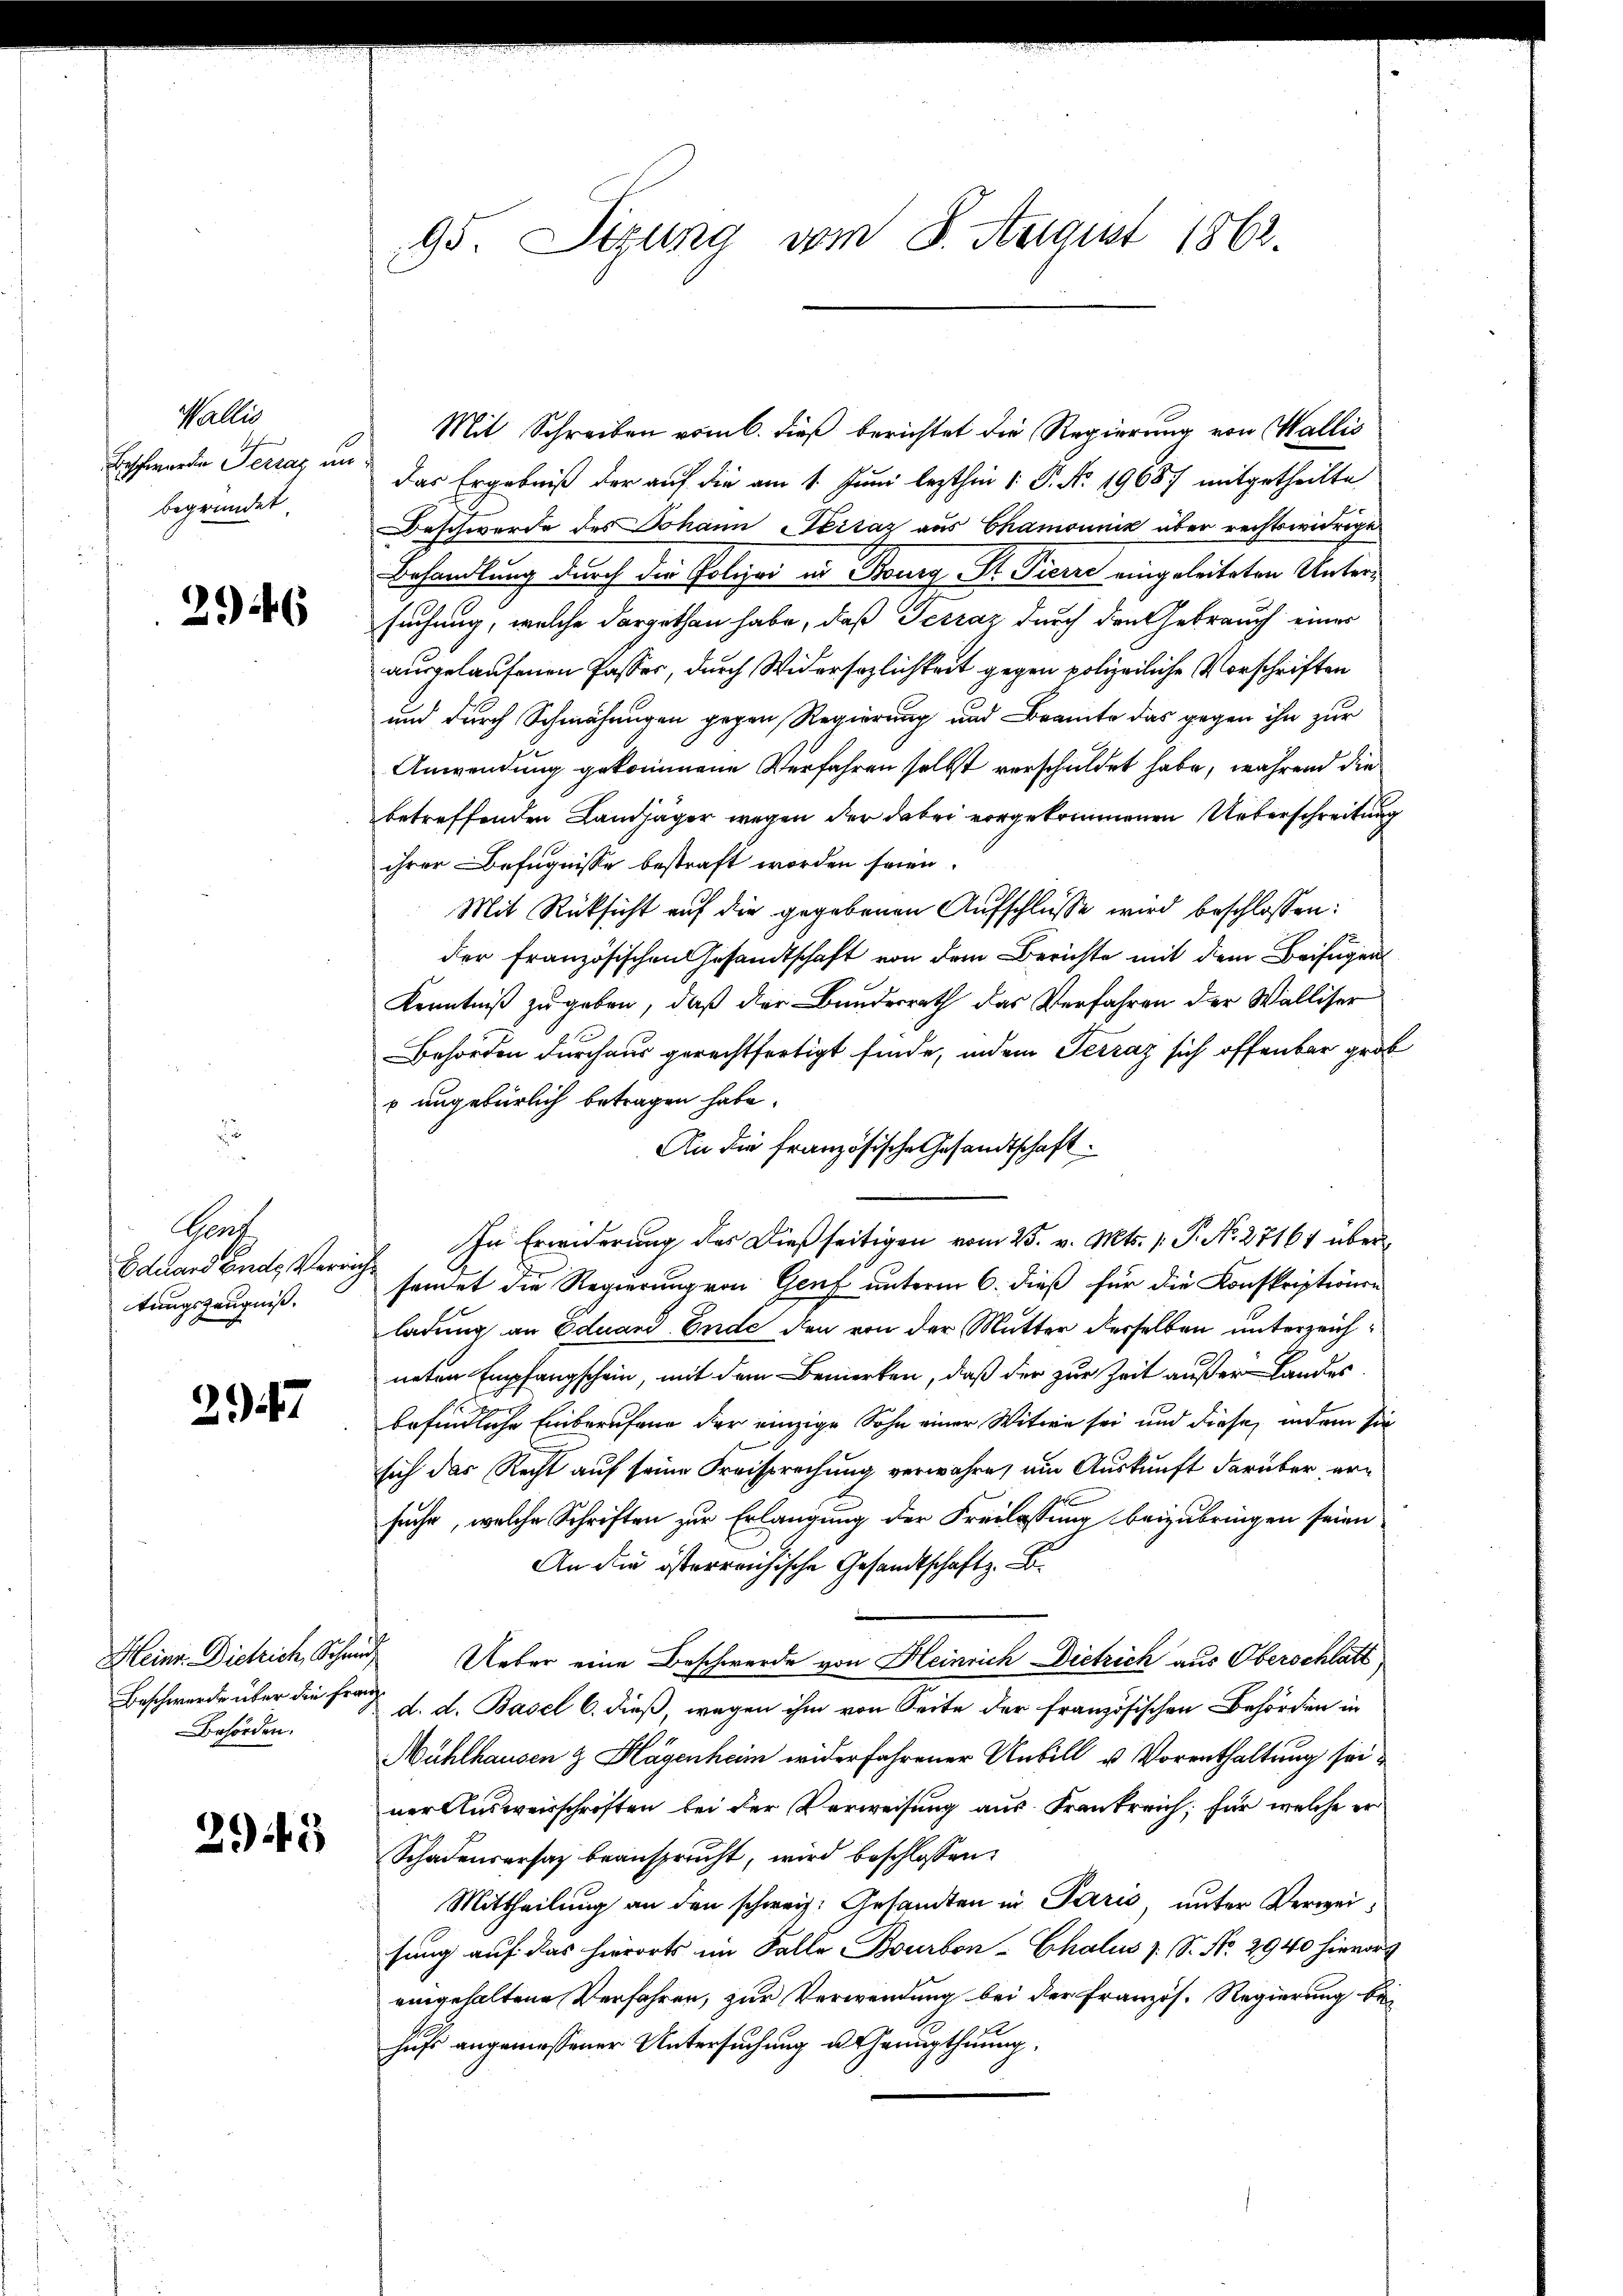
Wallis,
Beschwerden Terraz un
begründet

246

Gent
tungszeugniß.

2947

Beschwerde über die Franz¬
Behörden.

294. 2

Mit Schreiben vom 6. dieß berichtet die Regierung von Wallis
¬
das Ergebniß der auf die am 1. Juni lezthin 1. P. Nr. 1968 mitgetheilte
Beschwerde des Johann Terraz aus Chamonik über rechtswidrige
Behandlung durch die Polizei in Bourg St. Pierre eingeleiteten Untersuchung, welche dargethan habe, daß Jeszaz durch den Gebrauch einer
ausgelaufenen Passer, durch Widersezlichkeit gegen polizeiliche Vorschriften
und durch Schmähungen gegen Regierung und Brante das gegen ihn zur
Anwendung gekommene Verfahren selbst verschuldet habe, während die
betreffenden Landjäger wegen der dabei vorgekommenen Unterschreitung
ihrer Befugnisse bestraft worden seien.
Mit Rücksicht auf die gegebenen Aufschlüsse wird beschlossen:
der französischen Gesandtschaft von dem Berichte mit dem Beifügen
Kenntniß zugeben, daß der Bundesrath das Verfahren der Walliser
Behörden durchaus gerechtfertigt finde, indem Terraz sich offenbar groß
 ungebürlich betragen habe.
An die französische Gesandtschaft.
Eduard Ende Verrich. In Erwiderung der dießseitigen vom 25. v. Mts. 1. P. N. 27161 übersendet die Regierung von Genf unterm 6. dieß für die Konskriptionen
ladung an Eduard Ende den von der Mutter derselben unterzeichneten Empfangschein, mit dem Bemerken, daß der zur Zeit außer Landes
befindliche Einberufene der einzige Sohn einer Witwe sei und diese, indem sie
sich das Recht auf seine Kreisprechung verwahre, um Auskunft darüber ern
suche, welche Schriften zur Erlangung der Freilassung beizubringen seien
An die österreichische Gesandtschaft z. B.
Heinr. Dietich, Schmid Ueber eine Beschwerde von Heinrich Dietrich aus Oberschlatt
d. d. Basel 6. dieß, wegen ihm von Seite der französischen Behörden in
Mühlhausen & Hagenheim widerfahrener Unbill u. Vorenthaltung seiner Ausweisschriften bei der Verweisung aus Frankreich, für welche er
Schadensersatz beansprucht, wird beschlossen:
Mittheilung an den schweiz. Gesandten in Paris, unter Verweisung auf das hierorts im Falle Bourbon-Chalus 7 S. No. 2940 hievor
eingehaltene Verfahren, zur Verwendung bei der Französ. Regierung behufs angemessener Untersuchung u. Genugthuung.

95. Stzung vom 8. August 1862.